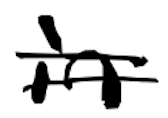
Text: in
Cross-out: double-line
Writing tool: digital_black